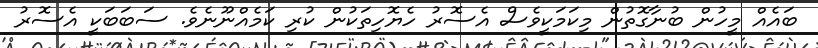
ބައެއް މީހުން ބުނާގޮތުން މިކަމަކީވެސް އެސޮރު ހެޔޮހިތަކުން ކުރި ކަމެއްނޫނެވެ. ސަބަބަކީ އެސޮރު